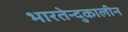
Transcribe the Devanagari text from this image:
भारतेन्दुकालीन